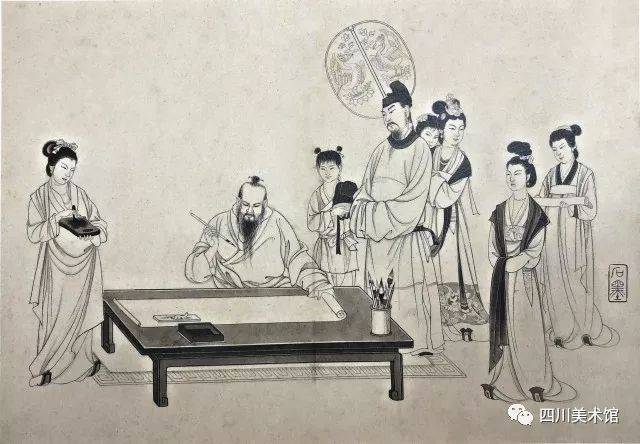
志意修则骄富贵，道义重则轻王公。